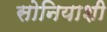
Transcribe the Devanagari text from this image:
सोनियाशी